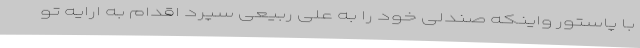
با پاستور واینکه صندلی خود را به علی ربیعی سپرد اقدام به ارایه تو